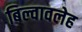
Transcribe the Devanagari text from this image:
बिल्वावलेह